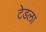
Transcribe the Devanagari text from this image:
टेडला